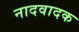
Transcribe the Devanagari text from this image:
नादवादक